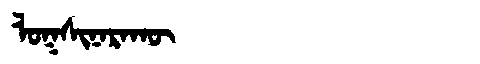
Manchu: ᠯᠣᡴᠰᡳᠨᠠᡵᠠᡴᡡ
Romanization: LOKSINARAKŪ